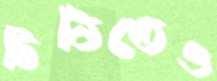
চিঠিতেও